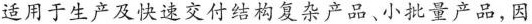
适用于生产及快速交付结构复杂产品、小批量产品,因